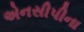
એનસીપીના